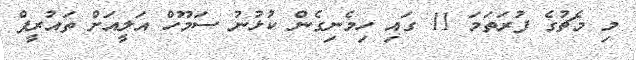
މި މެޗުގެ ފުރަތަމަ 11 ގައި ހިމެނިގެން ކުޅުނު ސަމޫހް އަލީއަށް ތައުރީފް